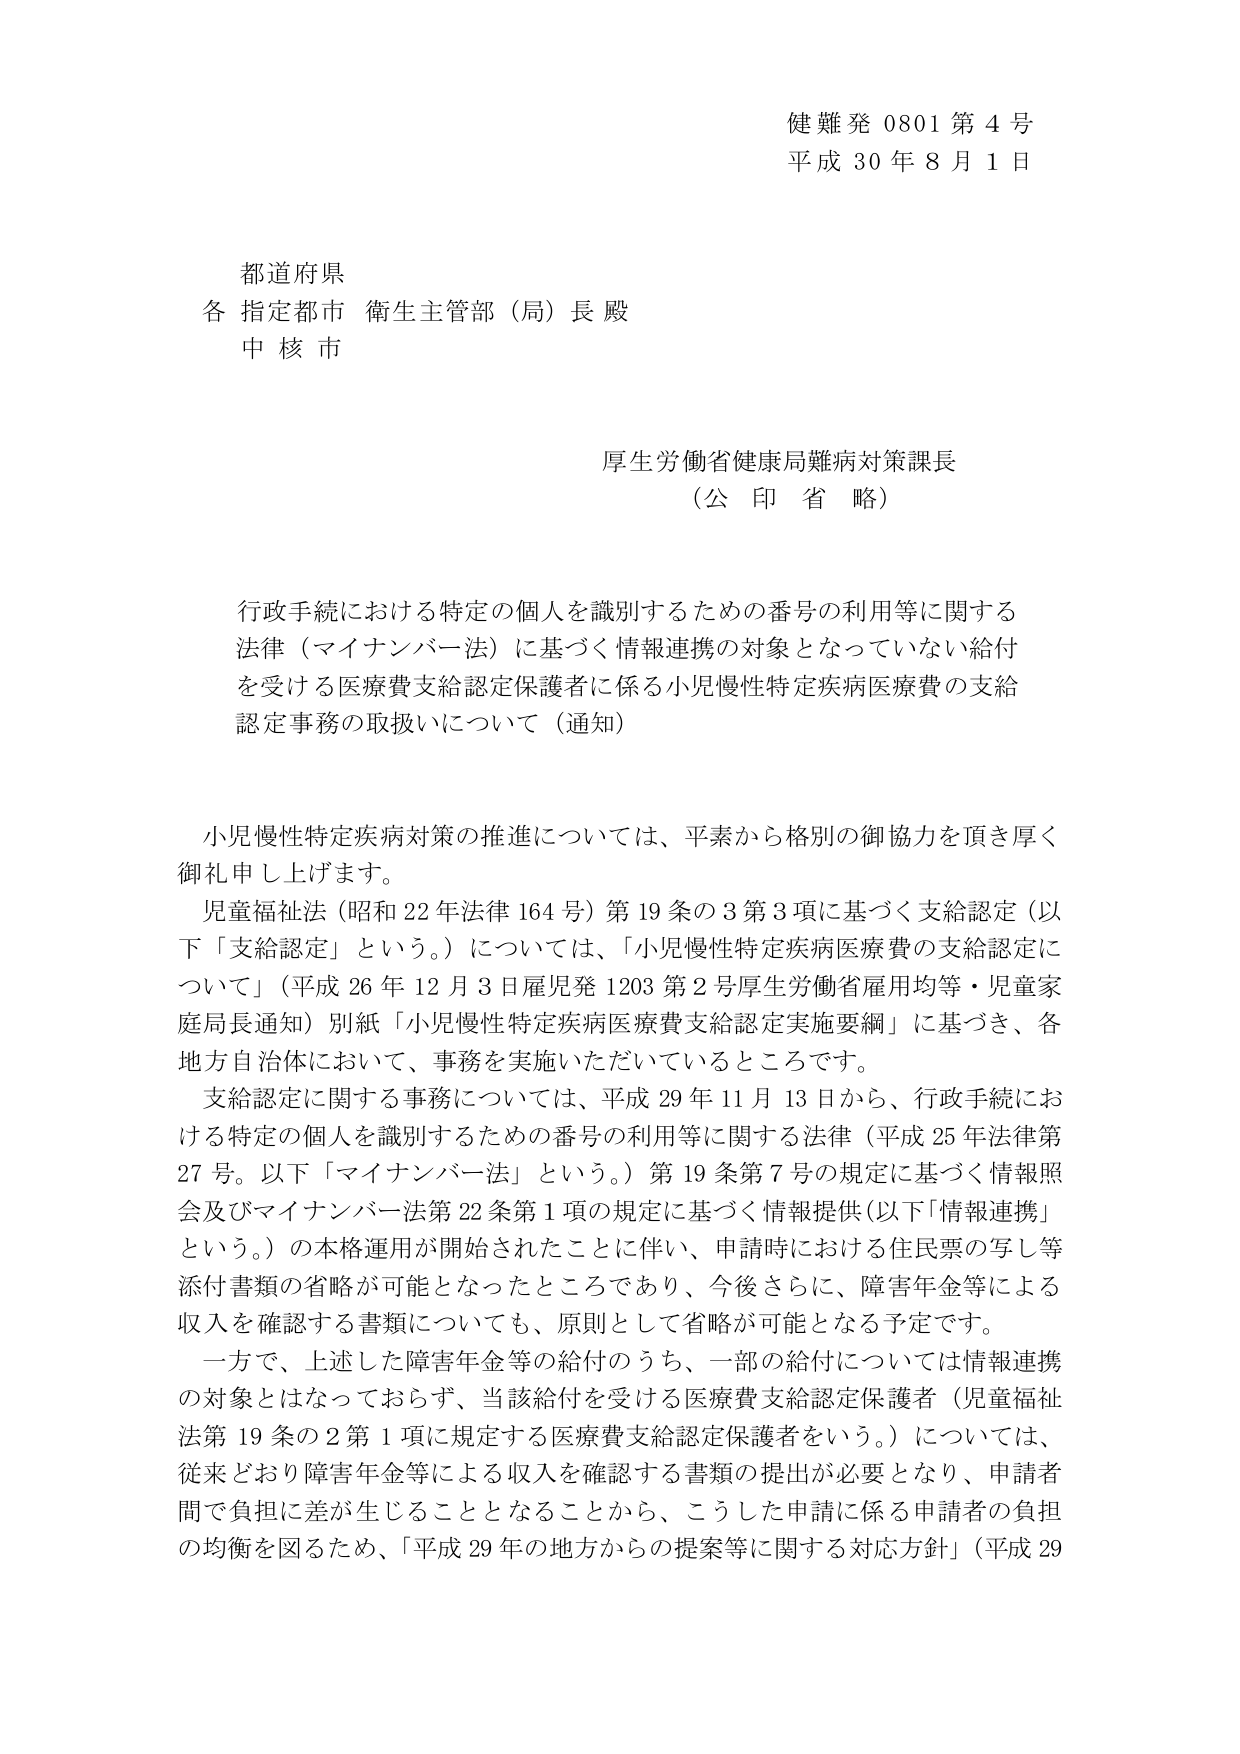
健難発 0801 第 4 号
平成 30 年 8 月 1 日

都道府県
各 指定都市 衛生主管部（局）長 殿
中核市

厚生労働省健康局難病対策課長
（公印省略）

行政手続における特定の個人を識別するための番号の利用等に関する
法律（マイナンバー法）に基づく情報連携の対象となっていない給付
を受ける医療費支給認定保護者に係る小児慢性特定疾病医療費の支給
認定事務の取扱いについて（通知）

小児慢性特定疾病対策の推進については、平素から格別のご協力を頂き厚く
御礼申し上げます。
児童福祉法（昭和22年法律164号）第19条の3第3項に基づく支給認定（以下「支給認定」という。）については、「小児慢性特定疾病医療費の支給認定について」（平成26年12月3日雇児発1203第2号厚生労働省雇用均等・児童家庭局長通知）別紙「小児慢性特定疾病医療費支給認定実施要綱」に基づき、各地方自治体において、事務を実施いただいているところです。
支給認定に関する事務については、平成29年11月13日から、行政手続における特定の個人を識別するための番号の利用等に関する法律（平成25年法律第27号。以下「マイナンバー法」という。）第19条第7号の規定に基づく情報照会及びマイナンバー法第22条第1項の規定に基づく情報提供（以下「情報連携」という。）の本格運用が開始されたことに伴い、申請時における住民票の写し等添付書類の省略が可能となったところであり、今後さらに、障害年金等による収入を確認する書類についても、原則として省略が可能となる予定です。
一方で、上述した障害年金等の給付のうち、一部の給付については情報連携の対象とはなっておらず、当該給付を受ける医療費支給認定保護者（児童福祉法第19条の2第1項に規定する医療費支給認定保護者をいう。）については、従来どおり障害年金等による収入を確認する書類の提出が必要となり、申請者間で負担に差が生じることとなることから、こうした申請に係る申請者の負担の均衡を図るため、「平成29年の地方からの提案等に関する対応方針」（平成29